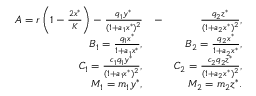
\begin{array} { r l r } { A = r \left( 1 - \frac { 2 x ^ { * } } { K } \right) - \frac { q _ { 1 } y ^ { * } } { ( 1 + a _ { 1 } x ^ { * } ) ^ { 2 } } } & { - } & { \frac { q _ { 2 } z ^ { * } } { ( 1 + a _ { 2 } x ^ { * } ) ^ { 2 } } , } \\ { B _ { 1 } = \frac { q _ { 1 } x ^ { * } } { 1 + a _ { 1 } x ^ { * } } , } & { } & { B _ { 2 } = \frac { q _ { 2 } x ^ { * } } { 1 + a _ { 2 } x ^ { * } } , } \\ { C _ { 1 } = \frac { c _ { 1 } q _ { 1 } y ^ { * } } { ( 1 + a _ { 1 } x ^ { * } ) ^ { 2 } } , } & { } & { C _ { 2 } = \frac { c _ { 2 } q _ { 2 } z ^ { * } } { ( 1 + a _ { 2 } x ^ { * } ) ^ { 2 } } , } \\ { M _ { 1 } = m _ { 1 } y ^ { * } , } & { } & { M _ { 2 } = m _ { 2 } z ^ { * } . } \end{array}